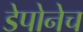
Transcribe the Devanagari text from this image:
डेपोनेच